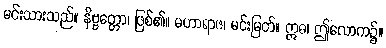
မင်းသားသည်။ နိဗ္ဗတ္တော၊ ဖြစ်၏။ မဟာရာဇ၊ မင်းမြတ်။ ဣဓ၊ ဤလောက၌။